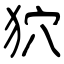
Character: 狖